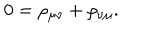
LaTeX: 0 = \rho _ { \mu \nu } + \rho _ { \nu \mu } .